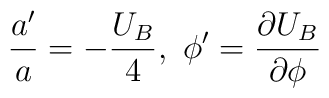
\frac{a'}{a}=-\frac{U_B}{4},\ \phi'=\frac{\partial U_B}{\partial \phi}